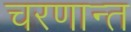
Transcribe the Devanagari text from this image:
चरणान्त